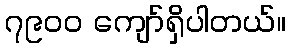
၇၉၀၀ ကျော်ရှိပါတယ်။